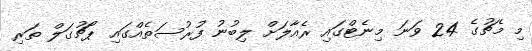
މި މެޗުގެ 24 ވަނަ މިނެޓްގައި ރެއާލަށް ލިބުނު ފުރުސަތެއްގައި ޕޯޗުގަލް ތަރި